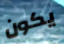
يكون